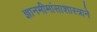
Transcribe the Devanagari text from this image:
ज्ञानमीमांसाशास्त्राने